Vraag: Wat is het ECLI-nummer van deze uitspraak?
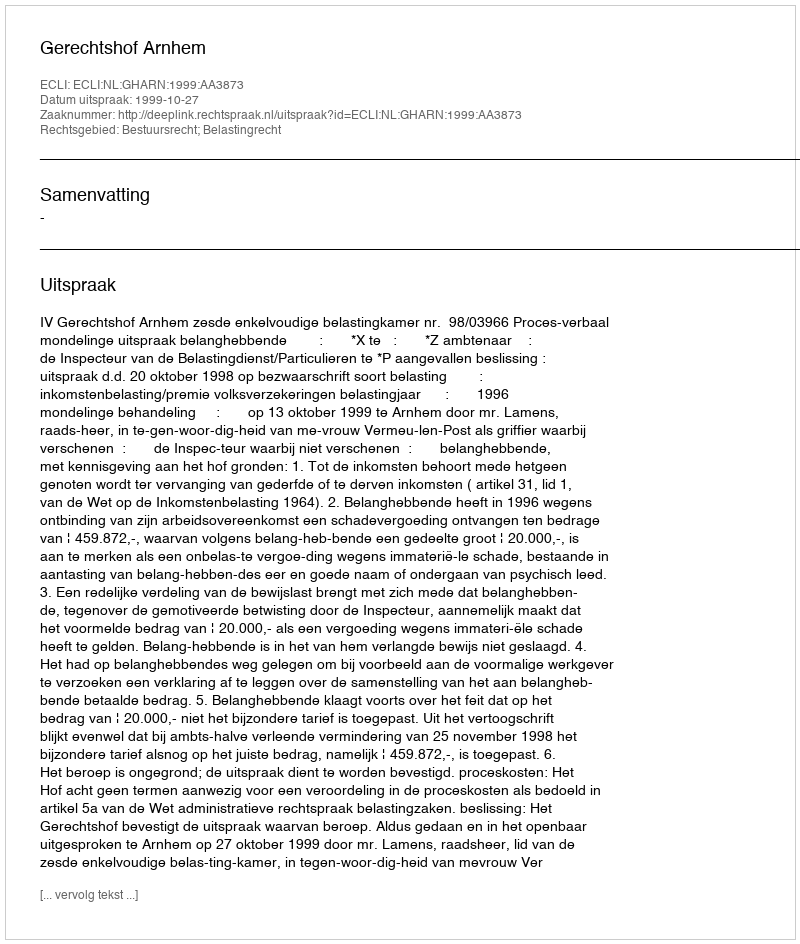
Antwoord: ECLI:NL:GHARN:1999:AA3873